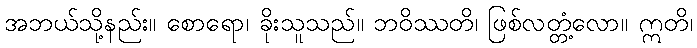
အဘယ်သို့နည်း။ စောရော၊ ခိုးသူသည်။ ဘဝိဿတိ၊ ဖြစ်လတ္တံ့လော။ ဣတိ၊